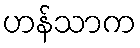
ဟန်သာက